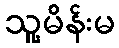
သူ့မိန်းမ